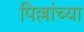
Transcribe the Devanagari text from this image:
पिल्लांच्या